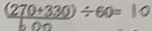
\frac { ( 2 7 0 + 3 3 0 ) } { 6 0 0 } \div 6 0 = 1 0